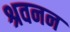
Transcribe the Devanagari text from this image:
श्रवनन